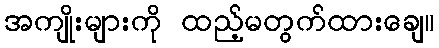
အကျိုးများကို ထည့်မတွက်ထားချေ။